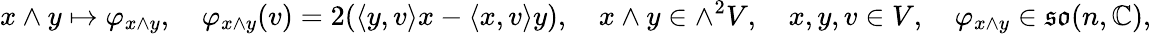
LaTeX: x\wedge y\mapsto\varphi_{x\wedge y},\quad\varphi_{x\wedge y}(v)=2(\langle y,v\rangle x-\langle x,v\rangle y),\quad x\wedge y\in\wedge^{2}V,\quad x,y,v\in V,\quad\varphi_{x\wedge y}\in{\mathfrak{so}}(n,\mathbb{C}),